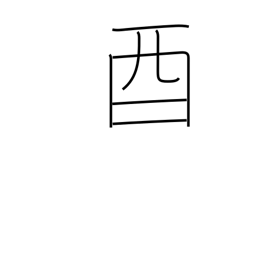
Meaning: 5-7PM